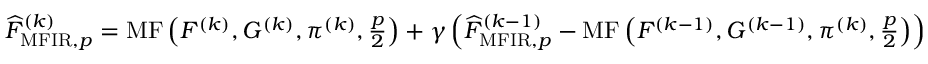
\begin{array} { r } { \widehat { F } _ { \mathrm { M F I R } , p } ^ { ( k ) } = \operatorname { M F } \left( F ^ { ( k ) } , G ^ { ( k ) } , \pi ^ { ( k ) } , \frac { p } { 2 } \right) + \gamma \left( \widehat { F } _ { \mathrm { M F I R } , p } ^ { ( k - 1 ) } - \operatorname { M F } \left( F ^ { ( k - 1 ) } , G ^ { ( k - 1 ) } , \pi ^ { ( k ) } , \frac { p } { 2 } \right) \right) } \end{array}